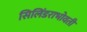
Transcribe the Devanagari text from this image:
सिलिंडराभोवती